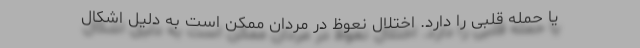
یا حمله قلبی را دارد. اختلال نعوظ در مردان ممکن است به دلیل اشکال